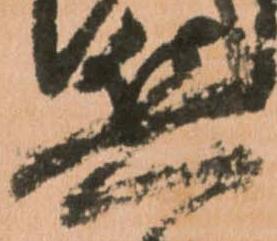
兵